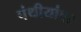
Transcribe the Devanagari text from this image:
पंथीयांवर